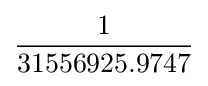
{\frac {1}{31556925.9747}}